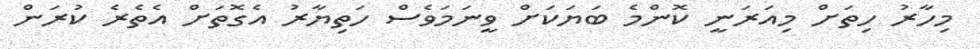
މިހާރު ހިތަށް މިއަރަނީ ކޮންމެ ބަޔަކަށް ވީނަމަވެސް ހަތިޔާރު އެގޮތަށް އެތެރެ ކުރަން